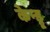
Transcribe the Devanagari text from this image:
केन्ड्रू